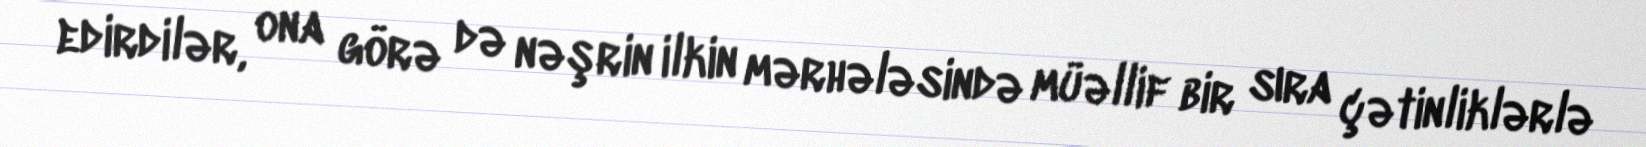
edirdilər, ona görə də nəşrin ilkin mərhələsində müəllif bir sıra çətinliklərlə